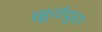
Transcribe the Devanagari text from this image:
सूर्यपुरा